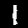
Label: 1